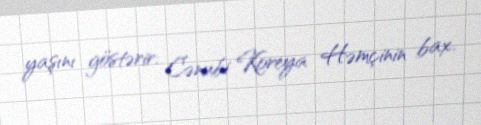
yaşını göstərir: Cənubi Koreya Həmçinin bax.